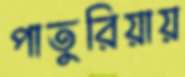
পাতুরিয়ায়